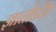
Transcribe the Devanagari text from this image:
ज्ञातोऽसि